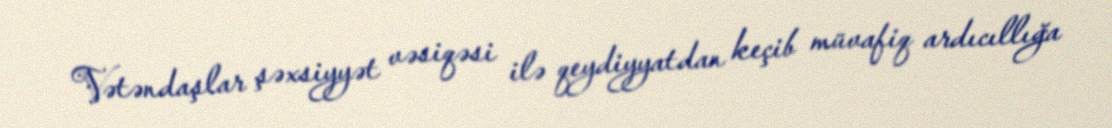
Vətəndaşlar şəxsiyyət vəsiqəsi ilə qeydiyyatdan keçib müvafiq ardıcıllığa